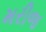
મરીજ